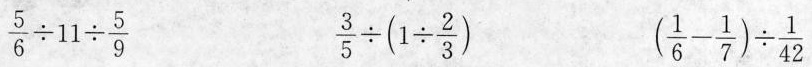
$$\frac { 5 } { 6 } \div 1 1 \div \frac { 5 } { 9 }$$ $$\frac { 3 } { 5 } \div ( 1 \div \frac { 2 } { 3 } )$$ $$( \frac { 1 } { 6 } - \frac { 1 } { 7 } ) \div \frac { 1 } { 4 2 }$$